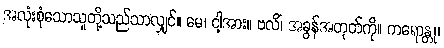
အလုံးစုံသောသူတို့သည်သာလျှင်။ မေ၊ ငါ့အား။ ဗလိံ၊ အခွန်အတုတ်ကို။ ကရောန္တု၊